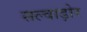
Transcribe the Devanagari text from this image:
सल्वाड़ोर